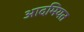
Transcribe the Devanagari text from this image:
आदमियत